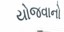
યોજવાનો